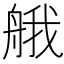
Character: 𦩆